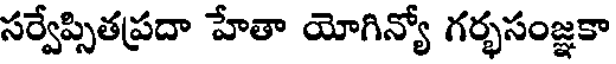
సర్వేప్సితప్రదా హేతా యోగిన్యో గర్భసంజ్ఞకా